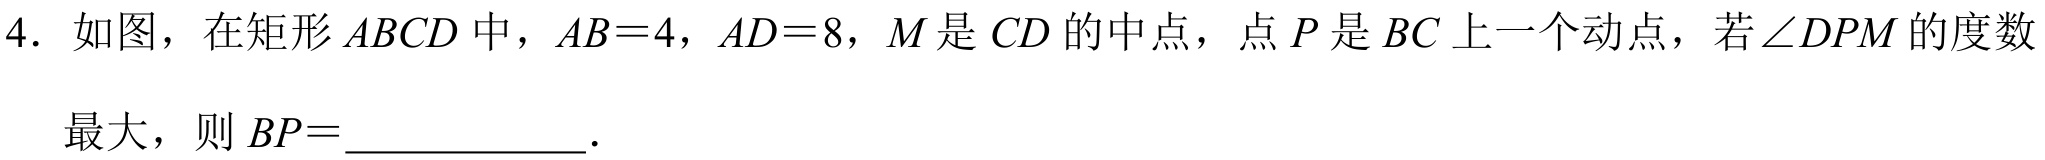
4. 如图，在矩形\(ABCD\)中，\(AB = 4\)，\(AD = 8\)，\(M\)是\(CD\)的中点，点\(P\)是\(BC\)上一个动点，若\(\angle DPM\)的度数
最大，则\(BP=\)____________．